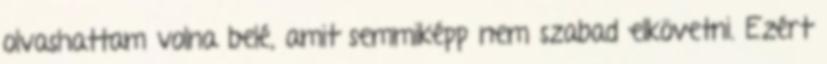
olvashattam volna belé, amit semmiképp nem szabad elkövetni. Ezért